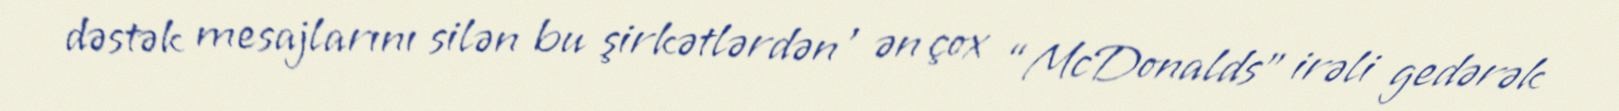
dəstək mesajlarını silən bu şirkətlərdən , ən çox “McDonalds” irəli gedərək